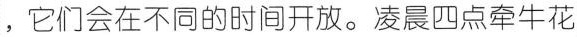
，它们会在不同的时间开放。凌晨四点牵牛花